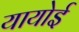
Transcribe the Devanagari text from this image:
यायोई